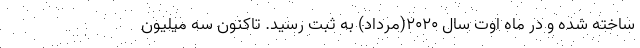
ساخته شده و در ماه اوت سال ۲۰۲۰(مرداد) به ثبت رسید. تاکنون سه میلیون